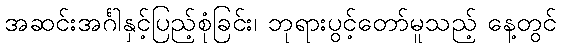
အဆင်းအင်္ဂါနှင့်ပြည့်စုံခြင်း၊ ဘုရားပွင့်တော်မူသည့် နေ့တွင်